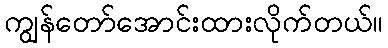
ကျွန်တော်အောင်းထားလိုက်တယ်။